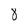
Character: 8